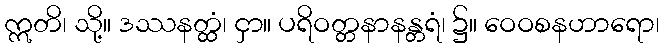
ဣတိ၊ သို့။ ဒဿနတ္ထံ၊ ငှာ။ ပရိဝတ္တနာနန္တရံ၊ ၌။ ဝေဝစနဟာရော၊